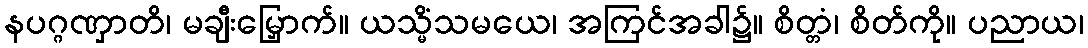
နပဂ္ဂဏှာတိ၊ မချီးမြှောက်။ ယသ္မိံသမယေ၊ အကြင်အခါ၌။ စိတ္တံ၊ စိတ်ကို။ ပညာယ၊